Annual administration and progress report of the Indian Medical Department, Bombay
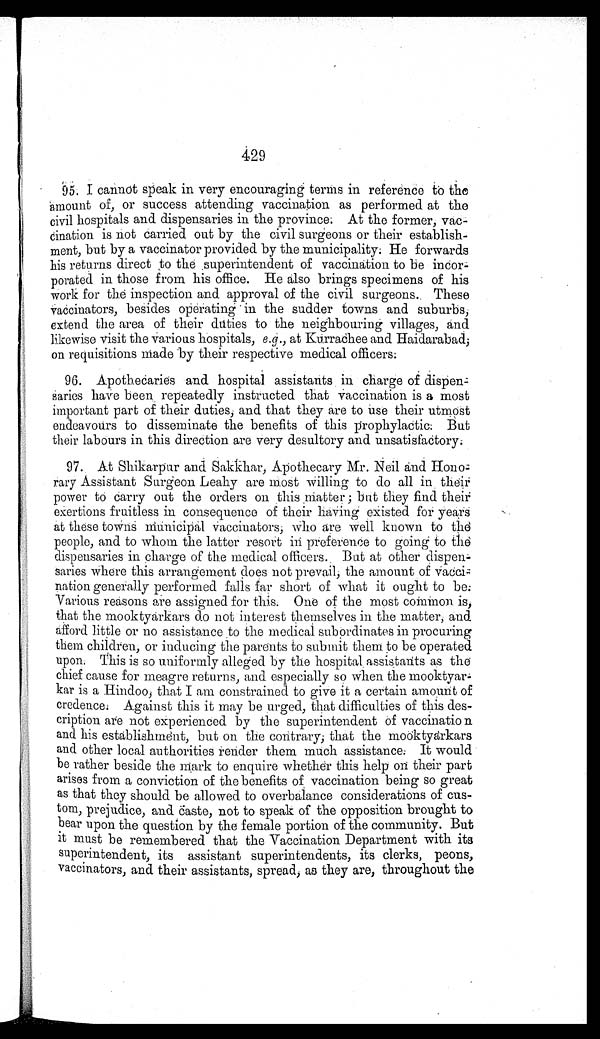
429
95. I cannot speak in very encouraging terms in reference to the
amount of, or success attending vaccination as performed at the
civil hospitals and dispensaries in the province. At the former, vac
-cination is not carried out by the civil surgeons or their establish
- m e n t , b u t b y a v a c c i n a t o r p r o v i d e d b y t h e m u n i c i p a l i t y . H e f o r w a r d s
his returns direct to the superintendent of vaccination to be incor
- p o r a t e d i n t h o s e f r o m h i s o f f i c e . H e a l s o b r i n g s s p e c i m e n s o f h i s
work for the inspection and approval of the civil surgeons. These
v a c c i n a t o r s , b e s i d e s o p e r a t i n g i n t h e s u d d e r t o w n s a n d s u b u r b s ,
extend the area of their duties to the neighbouring villages, and
likewise visit the various hospitals, e.g., at Kurrachee and Haidarabad,
on requisitions made by their respective medical officers.
96. Apothecaries and hospital assistants in charge of dispen
- s a r i e s h a v e b e e n r e p e a t e d l y i n s t r u c t e d t h a t v a c c i n a t i o n i s a m o s t
important part of their duties, and that they are to use their utmost
endeavours to disseminate the benefits of this prophylactic. But
their labours in this direction are very desultory and unsatisfactory.
97. At Shikarpur and Sakkhar, Apothecary Mr. Neil and Hono
- r a r y A s s i s t a n t S u r g e o n L e a h y a r e m o s t w i l l i n g t o d o a l l i n t h e i r
power to carry out the orders on this matter; but they find their
exertions fruitless in consequence of their having existed for years
a t t he s e t owns muni c i pa l v a c c i na t or s , who a r e we l l known t o t he
people, and to whom the latter resort in preference to going to the
dispensaries in charge of the medical officers. But at other dispen
-saries where this arrangement does not prevail, the amount of vacci
- n a t i o n g e n e r a l l y p e r f o r m e d f a l l s f a r s h o r t o f w h a t i t o u g h t t o b e .
Various reasons are assigned for this. One of the most common is,
that the mooktyarkars do not interest themselves in the matter, and
afford little or no assistance to the medical subordinates in procuring
them children, or inducing the parents to submit them to be operated
upon. This is so uniformly alleged by the hospital assistants as the
chief cause for meagre returns, and especially so when the mooktyar
- k a r i s a H i n d o o , t h a t I a m c o n s t r a i n e d t o g i v e i t a c e r t a i n a m o u n t o f
credence. Against this it may be urged, that difficulties of this des
- c r i p t i o n a r e n o t e x p e r i e n c e d b y t h e s u p e r i n t e n d e n t o f v a c c i n a t i o n
and his establishment, but on the contrary; that the mooktyarkars
and other local authorities render them much assistance. It would
be rather beside the mark to enquire whether this help on their part
arises from a conviction of the benefits of vaccination being so great
as that they should be allowed to overbalance considerations of cus-
- t o m , p r e j u d i c e , a n d c a s t e , n o t t o s p e a k o f t h e o p p o s i t i o n b r o u g h t t o
bear upon the question by the female portion of the community. But
it must be remembered that the Vaccination Department with its
s u p e r i n t e n d e n t , i t s a s s i s t a n t s u p e r i n t e n d e n t s , i t s c l e r k s , p e o n s ,
vaccinators, and their assistants, spread, as they are, throughout the